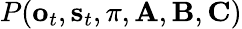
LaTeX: P(\mathbf{o}_{t},\mathbf{s}_{t},\pi,\mathbf{A},\mathbf{B},\mathbf{C})